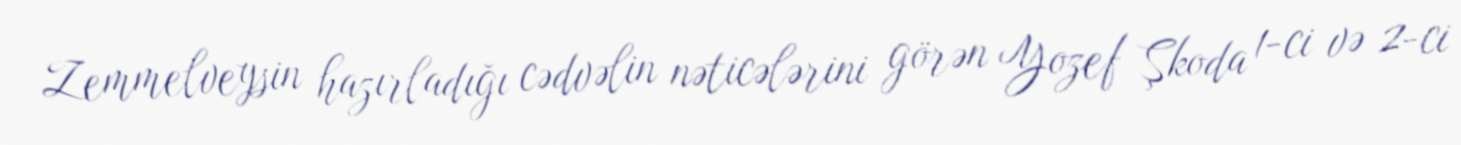
Zemmelveysin hazırladığı cədvəlin nəticələrini görən Yozef Şkoda 1-ci və 2-ci